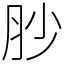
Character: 䏚